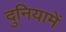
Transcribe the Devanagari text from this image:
दुनियामें